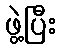
ဖွဲ့ပြီး